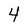
Character: 4